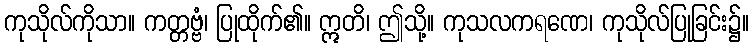
ကုသိုလ်ကိုသာ။ ကတ္တဗ္ဗံ၊ ပြုထိုက်၏။ ဣတိ၊ ဤသို့။ ကုသလကရဏေ၊ ကုသိုလ်ပြုခြင်း၌။